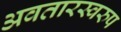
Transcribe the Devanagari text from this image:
अवतारस्वरुप